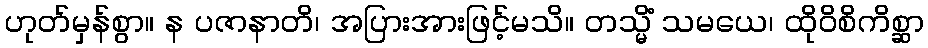
ဟုတ်မှန်စွာ။ န ပဇာနာတိ၊ အပြားအားဖြင့်မသိ။ တသ္မိံ သမယေ၊ ထိုဝိစိကိစ္ဆာ